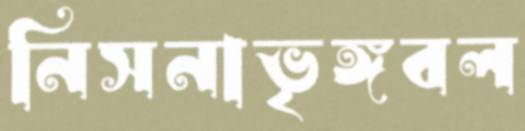
নিসনাভৃঙ্গবল